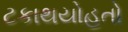
ટકાથયોહતો